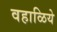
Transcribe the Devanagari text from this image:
वहाळिये